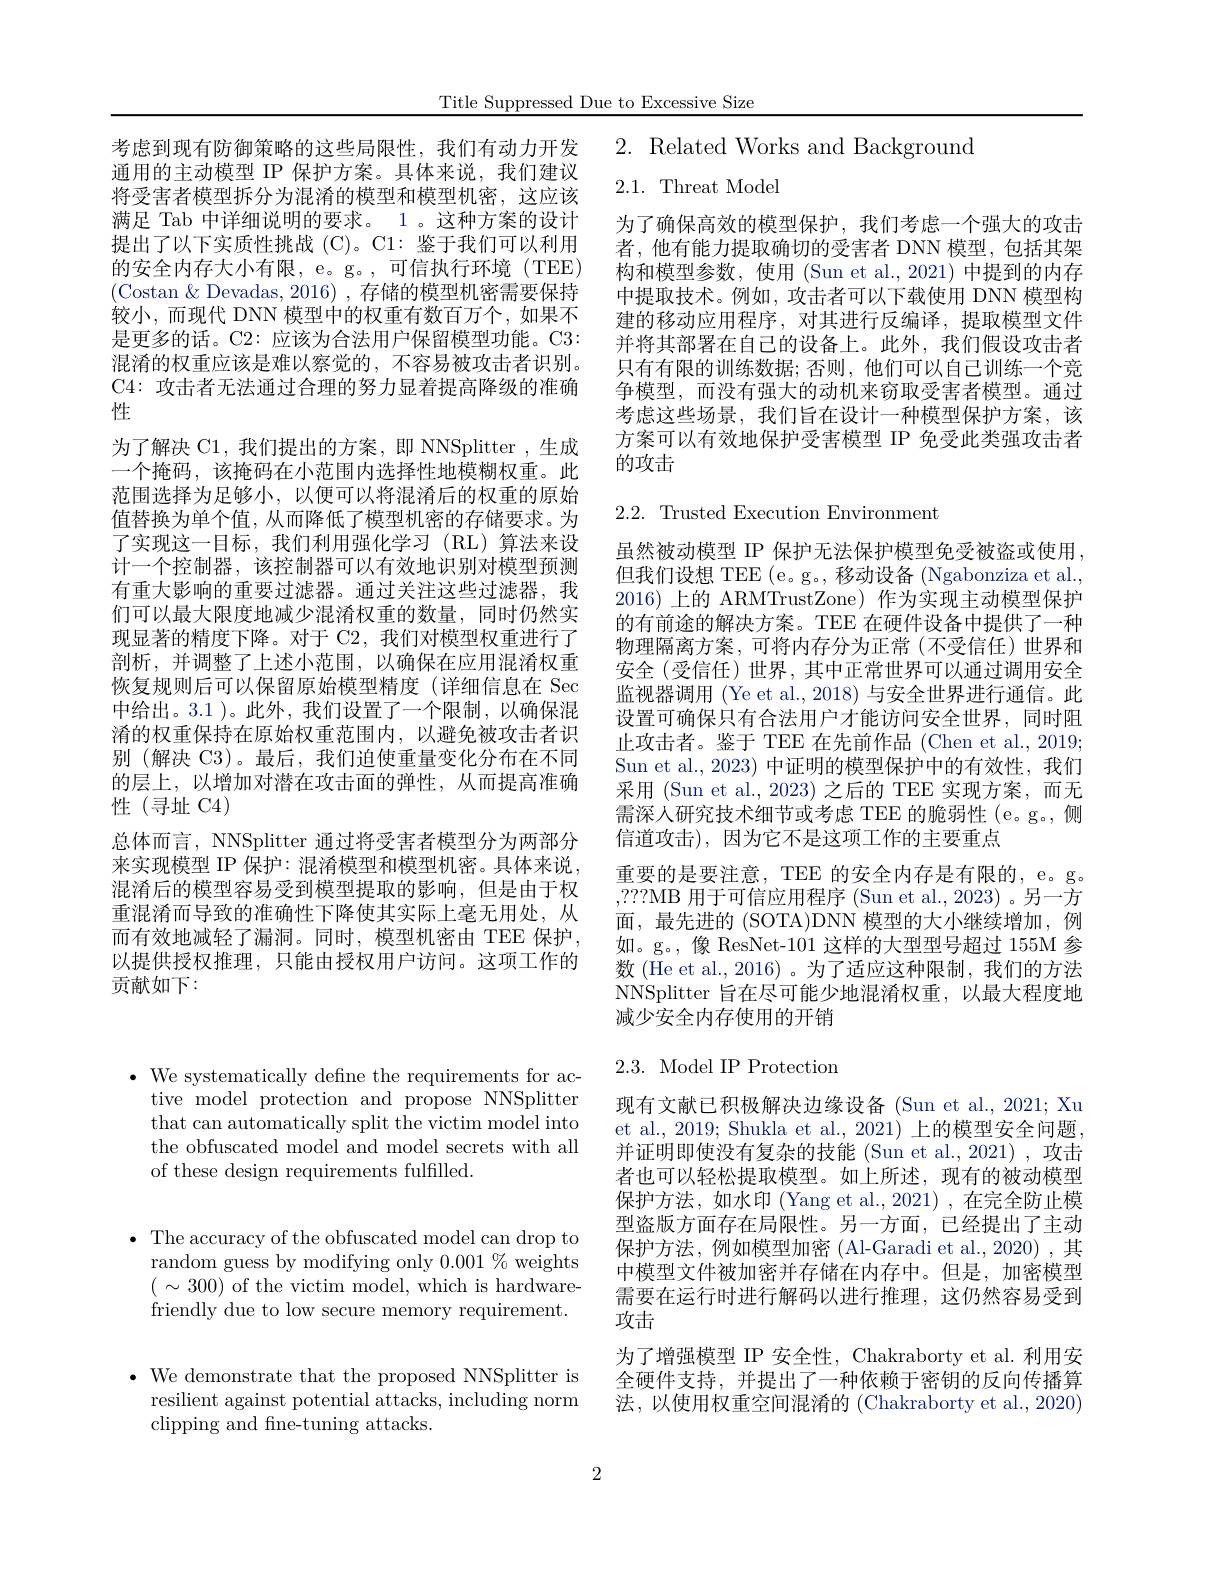
Title Suppressed Due to Excessive Size

考虑到现有防御策略的这些局限性，我们有动力开发通用的主动模型 IP 保护方案。具体来说，我们建议将受害者模型拆分为混淆的模型和模型机密，这应该满足 Tab 中详细说明的要求。1 。这种方案的设计提出了以下实质性挑战 (C)。C1: 鉴于我们可以利用的安全内存大小有限，e。g。, 可信执行环境 (TEE) (Costan $\&$ Devadas, 2016) ,存储的模型机密需要保持较小，而现代 DNN 模型中的权重有数百万个，如果不是更多的话。C2: 应该为合法用户保留模型功能。C3: 混淆的权重应该是难以察觉的，不容易被攻击者识别。C4: 攻击者无法通过合理的努力显着提高降级的准确性
为了解决 C1, 我们提出的方案，即 NNSplitter ,生成一个掩码，该掩码在小范围内选择性地模糊权重。此范围选择为足够小，以便可以将混淆后的权重的原始值替换为单个值，从而降低了模型机密的存储要求。为了实现这一目标，我们利用强化学习(RL)算法来设计一个控制器，该控制器可以有效地识别对模型预测有重大影响的重要过滤器。通过关注这些过滤器，我们可以最大限度地减少混淆权重的数量，同时仍然实现显著的精度下降。对于 C2, 我们对模型权重进行了剖析，并调整了上述小范围，以确保在应用混淆权重恢复规则后可以保留原始模型精度(详细信息在 Sec 中给出。3.1 )。此外，我们设置了一个限制，以确保混淆的权重保持在原始权重范围内，以避免被攻击者识别 (解决 C3)。最后，我们迫使重量变化分布在不同的层上，以增加对潜在攻击面的弹性，从而提高准确性(寻址 C4)
总体而言，NNSplitter 通过将受害者模型分为两部分来实现模型 IP 保护：混淆模型和模型机密。具体来说， 混淆后的模型容易受到模型提取的影响，但是由于权重混淆而导致的准确性下降使其实际上毫无用处，从而有效地减轻了漏洞。同时，模型机密由 TEE 保护， 以提供授权推理，只能由授权用户访问。这项工作的贡献如下：

2. Related Works and Background

2.1. Threat Model

为了确保高效的模型保护，我们考虑一个强大的攻击者，他有能力提取确切的受害者 DNN 模型，包括其架构和模型参数，使用(Sun et al.,2021)中提到的内存中提取技术。例如，攻击者可以下载使用 DNN 模型构建的移动应用程序，对其进行反编译，提取模型文件并将其部署在自己的设备上。此外，我们假设攻击者只有有限的训练数据；否则，他们可以自己训练一个竞争模型，而没有强大的动机来窃取受害者模型。通过考虑这些场景，我们旨在设计一种模型保护方案，该方案可以有效地保护受害模型 IP 免受此类强攻击者的攻击

## $2.2.{\mathrm{~Trusted~Execution~Environment}}$

虽然被动模型 IP 保护无法保护模型免受被盗或使用， 但我们设想 TEE (e。g。,移动设备 (Ngabonziza et al., 2016)上的 ARMTrustZone) 作为实现主动模型保护的有前途的解决方案。TEE 在硬件设备中提供了一种物理隔离方案，可将内存分为正常(不受信任)世界和安全(受信任)世界，其中正常世界可以通过调用安全监视器调用 (Ye et al.,2018) 与安全世界进行通信。此设置可确保只有合法用户才能访问安全世界，同时阻止攻击者。鉴于 TEE 在先前作品 (Chen et al., 2019; Sun et al., 2023) 中证明的模型保护中的有效性，我们采用 (Sun et al., 2023) 之后的 TEE 实现方案，而无需深人研究技术细节或考虑 TEE 的脆弱性 (e。g。, 侧信道攻击),因为它不是这项工作的主要重点
重要的是要注意，TEE 的安全内存是有限的，e。g。,???MB 用于可信应用程序 (Sun et al.,2023) 。另一方面，最先进的 (SOTA)DNN 模型的大小继续增加，例如。g。,像 ResNet-101 这样的大型型号超过 155M 参数(He et al., 2016)。为了适应这种限制，我们的方法NNSplitter 旨在尽可能少地混淆权重，以最大程度地减少安全内存使用的开销2.3. Model IP Protection 现有文献已积极解决边缘设备 (Sun et al., 2021; Xu et al., 2019; Shukla et al., 2021) 上的模型安全问题并证明即使没有复杂的技能 (Sun et al., 2021) , 攻击者也可以轻松提取模型。如上所述，现有的被动模型保护方法，如水印 (Yang et al., 2021) , 在完全防止模型盗版方面存在局限性。另一方面，已经提出了主动保护方法，例如模型加密(Al-Garadi et al.,2020) ,其中模型文件被加密并存储在内存中。但是，加密模型需要在运行时进行解码以进行推理，这仍然容易受到攻击
为了增强模型 IP 安全性，Chakraborty et al. 利用安全硬件支持，并提出了一种依赖于密钥的反向传播算法，以使用权重空间混淆的 (Chakraborty et al., 2020)

$\bullet$ We systematically define the requirements for ac-
tive model protection and propose NNSplitter that can automatically split the victim model into the obfuscated model and model secrets with all of these design requirements fulfilled.

$\bullet$ The accuracy of the obfuscated model can drop to
random guess by modifying only $0.001\%$ weights ( $\sim$ 300) of the victim model, which is hardwarefriendly due to low secure memory requirement.

$\cdot$ We demonstrate that the proposed NNSplitter is
resilient against potential attacks, including norm
clipping and fne-tuning attacks.

2